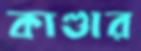
কাণ্ডার